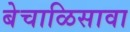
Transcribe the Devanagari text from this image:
बेचाळिसावा